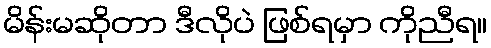
မိန်းမဆိုတာ ဒီလိုပဲ ဖြစ်ရမှာ ကိုညီရ။